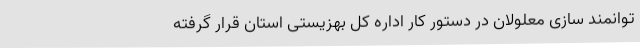
توانمند سازی معلولان در دستور کار اداره کل بهزیستی استان قرار گرفته